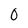
Character: 0